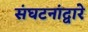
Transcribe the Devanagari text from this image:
संघटनांद्वारे